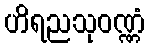
ဟိရညသုဝဏ္ဏံ